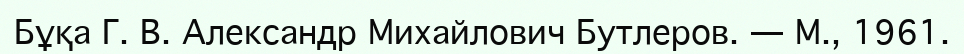
Бұқа Г. В. Александр Михайлович Бутлеров. — М., 1961.